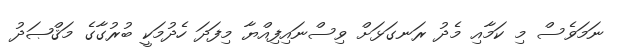
ނަމަވެސް މި ކަމާއި މެދު ރަނގަޅަށް ވިސްނައިފިއްޔާ މިފަދަ ހެދުމަކީ ބުރުގާގެ މަޤްޞަދު